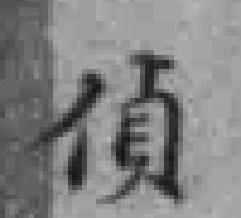
偵